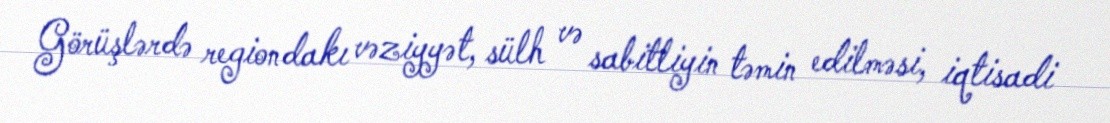
Görüşlərdə regiondakı vəziyyət, sülh və sabitliyin təmin edilməsi, iqtisadi